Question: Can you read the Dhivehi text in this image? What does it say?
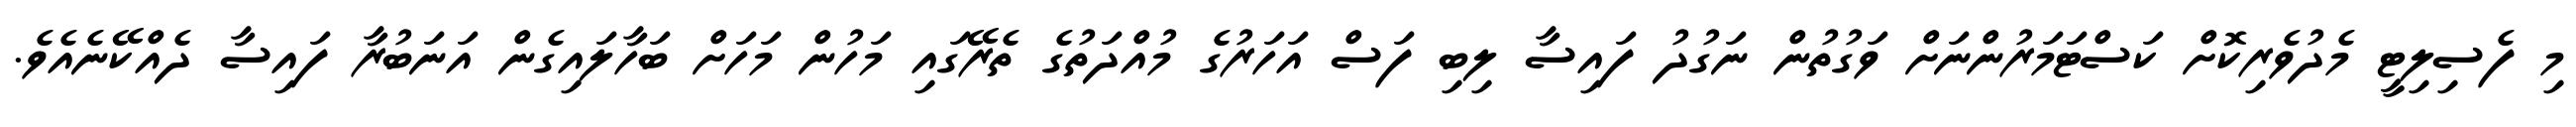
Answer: މި ފެސިލިޓީ މެދުވެރިކޮށް ކަސްޓަމަރުންނަށް ވަގުތުން ނަގުދު ފައިސާ ލިބި ފަސް އަހަރުގެ މުއްދަތުގެ ތެރޭގައި މަހުން މަހަށް ބަހާލައިގެން އަނަބުރާ ފައިސާ ދެއްކޭނެއެވެ.